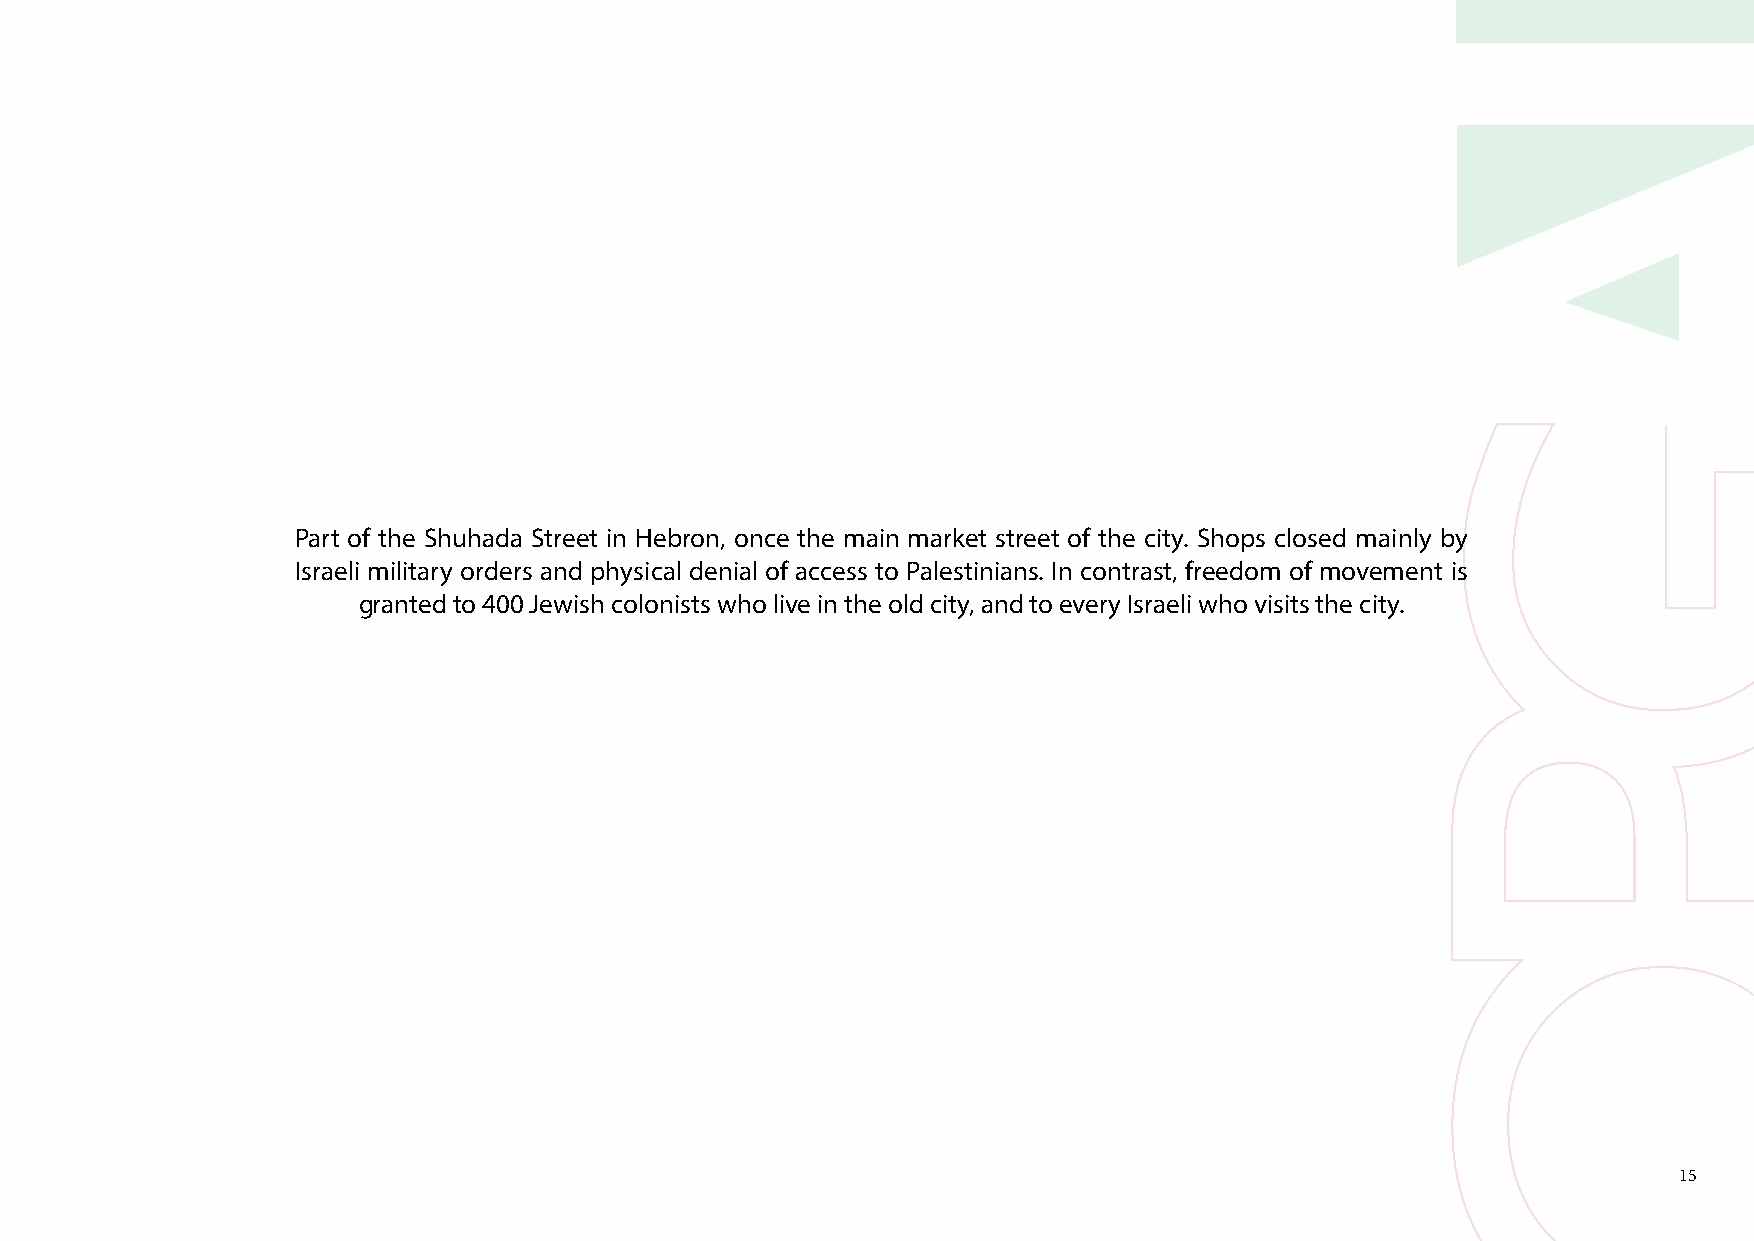
Part of the Shuhada Street in Hebron, once the main market street of the city. Shops closed mainly by
 Israeli military orders and physical denial of access to Palestinians. In contrast, freedom of movement is
 granted to 400 Jewish colonists who live in the old city, and to every Israeli who visits the city.
 15